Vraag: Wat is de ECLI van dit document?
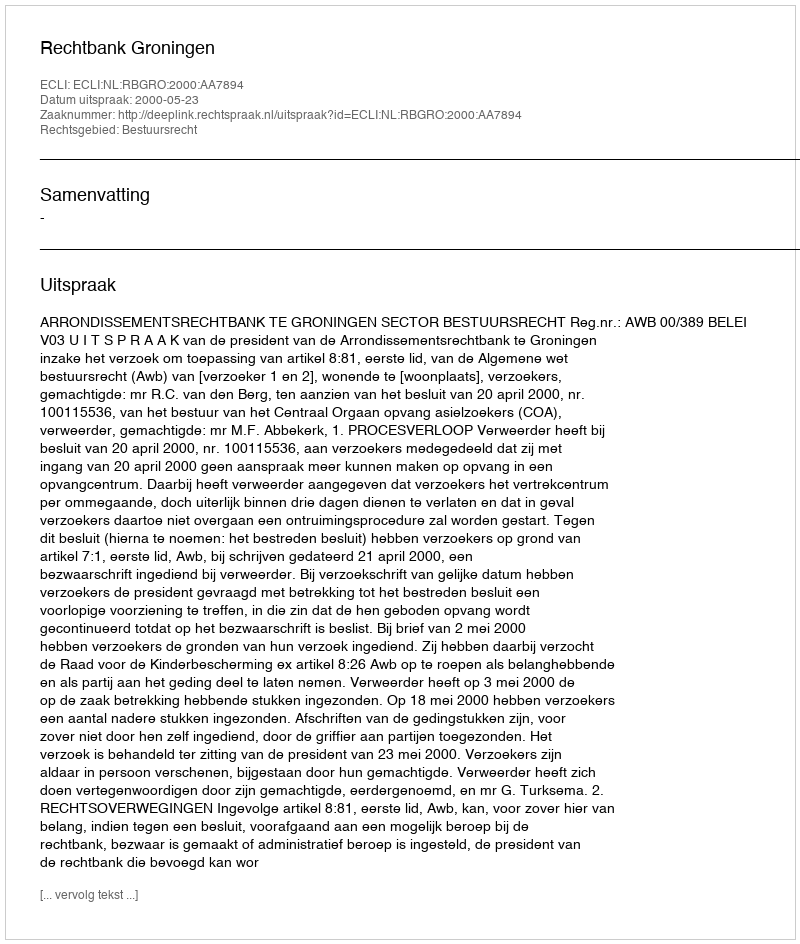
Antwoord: ECLI:NL:RBGRO:2000:AA7894